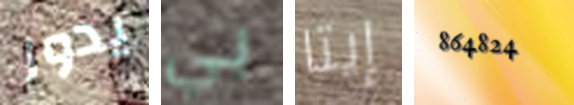
يدور بي إيتا 864824